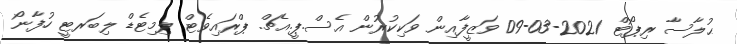
ޙުލާސާ ރިޕޯޓް 2021-03-09 ވަޒީފާއިން ވަކިކުރުން އެސް.ޕީ.އެޗް. ޕްރައިވެޓް ލިމިޓެޑް ލިބަރޓީ ހުފާނޯ